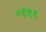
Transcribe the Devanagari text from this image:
०१११